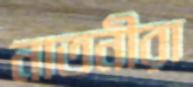
নাতনীরা